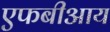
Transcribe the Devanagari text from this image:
एफबीआय